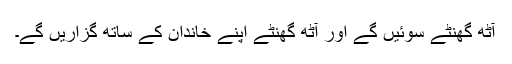
آٹھ گھنٹے سوئیں گے اور آٹھ گھنٹے اپنے خاندان کے ساتھ گزاریں گے۔